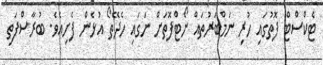
ޓެކްސްޓް ފޮތުގައި ހުރި ނަމްބަރުތައް ނޯޓްފޮތަށް ނަގައި ހެދޭތޯ އުޅެން ފެށިއެވެ. ބުރާސްފަތި